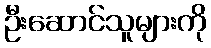
ဦးဆောင်သူများကို